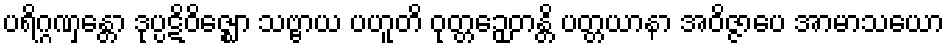
ပရိဂ္ဂဏှန္တော ဒုပ္ပဋိဝိဇ္ဈော သဗ္ဗာယ ပဟူတိ ဝုတ္တဉှေတန္တိ ပတ္တယာနာ အဝိဇ္ဇာပေ အာမာသယော